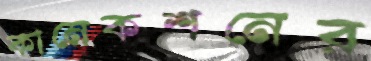
কানেকশনের